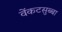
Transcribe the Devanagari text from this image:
वेंकटसुब्बा